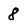
Character: 8